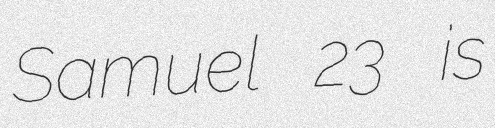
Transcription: Samuel 23 is